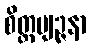
စိတ္တဗျဉ္ဇနာ